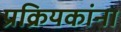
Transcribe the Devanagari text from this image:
प्रक्रियकांना